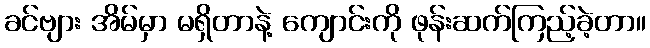
ခင်ဗျား အိမ်မှာ မရှိတာနဲ့ ကျောင်းကို ဖုန်းဆက်ကြည့်ခဲ့တာ။